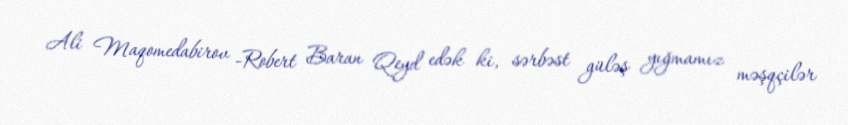
Ali Maqomedabirov -Robert Baran Qeyd edək ki, sərbəst güləş yığmamız məşqçilər